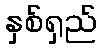
နှစ်ရှည်